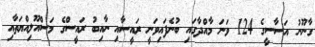
ގާނޫނު އަސާސީގެ 124 ވަނަ މާއްދާގައި ބުނެފައިވަނީ ރައީސާއި ނާއިބު ރައީސްގެ މަސްއޫލިއްޔަތާއި